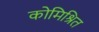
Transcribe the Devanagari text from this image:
कोमिश्रित